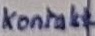
Text: Kontakt